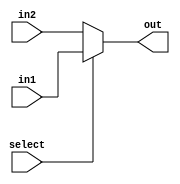
module mux_32bit(in1,in2,select,out);
  input [31:0]in1,in2;
  input select;
  output [31:0]out;
  assign out = select? in1: in2;
endmodule